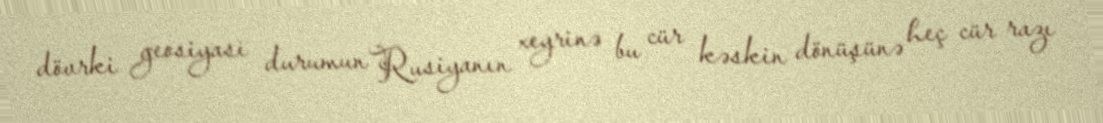
dövrki geosiyasi durumun Rusiyanın xeyrinə bu cür kəskin dönüşünə heç cür razı